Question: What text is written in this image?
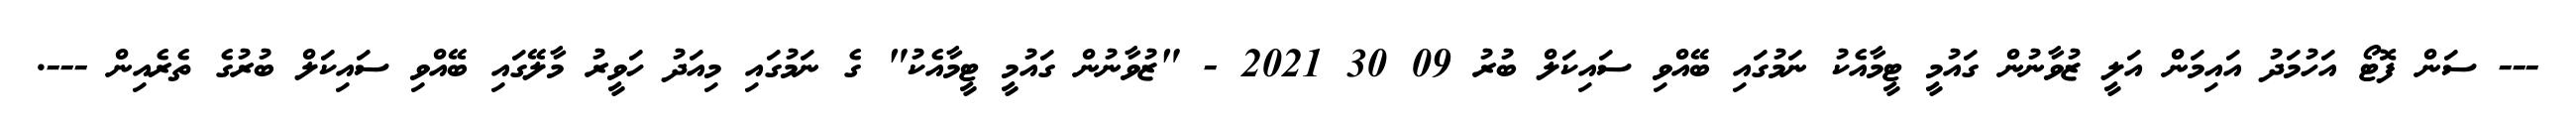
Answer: --- ސަން ފޮޓޯ އަހުމަދު އައިމަން އަލީ ޒުވާނުން ގައުމީ ޓީމާއެކު ނަމުގައި ބޭއްވި ސައިކަލް ބުރު 09 30 2021 - "ޒުވާނުން ގައުމީ ޓީމާއެކު" ގެ ނަމުގައި މިއަދު ހަވީރު މާލޭގައި ބޭއްވި ސައިކަލް ބުރުގެ ތެރެއިން ---.